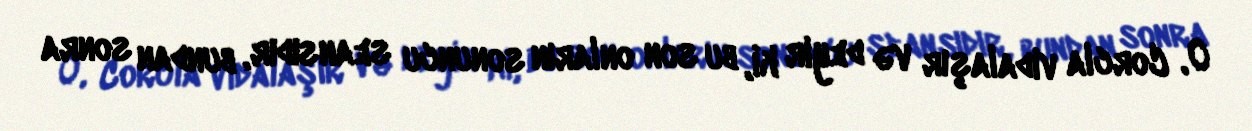
O, Corcla vidalaşır və deyir ki, bu son onların sonuncu seansıdır, bundan sonra